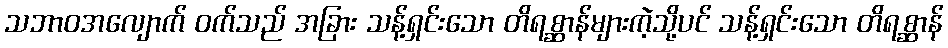
သဘာဝအလျောက် ဝက်သည် အခြား သန့်ရှင်းသော တိရစ္ဆာန်များကဲ့သို့ပင် သန့်ရှင်းသော တိရစ္ဆာန်